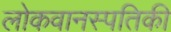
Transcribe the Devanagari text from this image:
लोकवानस्पतिकी